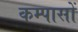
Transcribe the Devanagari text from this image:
कम्पासों